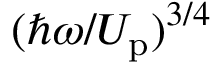
( { \hbar \omega } / { U _ { \mathrm { p } } } ) ^ { 3 / 4 }